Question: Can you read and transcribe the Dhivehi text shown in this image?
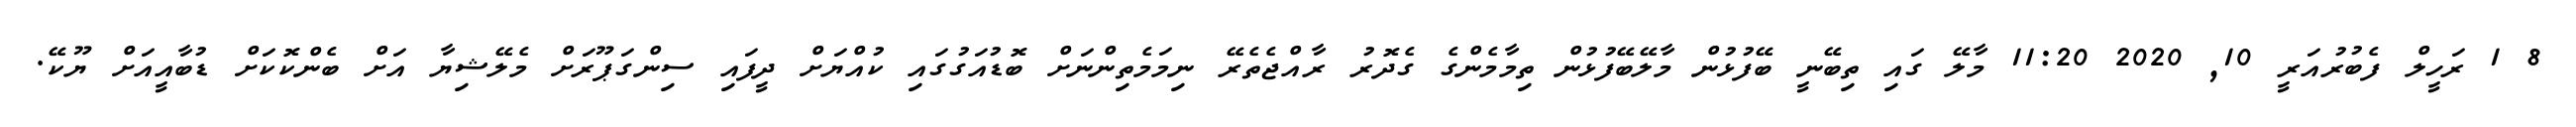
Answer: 8 1 ރަހީލް ފެބުރުއަރީ 10, 2020 11:20 މާލޭ ގައި ތިބޭނީ ބޭފުޅުން މާލޭބޭފުޅުން ތިމާމެންގެ ގެދޮރު ރާއްޖެތެރޭ ނިމަމެތިންނަށް ބޮޑުއަގުގައި ކުއްޔަށް ދީފައި ސިންގަޕޫރަށް މެލޭޝިޔާ އަށް ބެންކޮކަށް ޑުބާއީއަށް ޔޫކޭ.